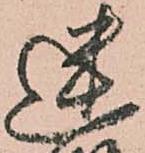
迷